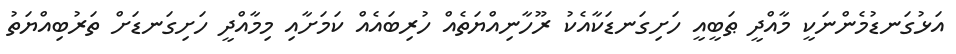
އަޅުގަނޑުމެންނަކީ މާއްދީ ޠަބީއީ ހަށިގަނޑަކާއެކު ރޫހާނިއްޔަތެއް ހުރިބައެއް ކަމަށާއި މިމާއްދީ ހަށިގަނޑަށް ތަރުބިއްޔަތު